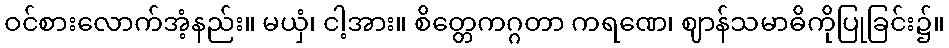
ဝင်စားလောက်အံ့နည်း။ မယှံ၊ ငါ့အား။ စိတ္တေကဂ္ဂတာ ကရဏေ၊ ဈာန်သမာဓိကိုပြုခြင်း၌။